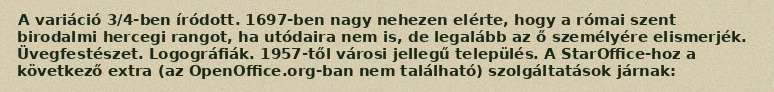
A variáció 3/4-ben íródott. 1697-ben nagy nehezen elérte, hogy a római szent birodalmi hercegi rangot, ha utódaira nem is, de legalább az ő személyére elismerjék. Üvegfestészet. Logográfiák. 1957-től városi jellegű település. A StarOffice-hoz a következő extra (az OpenOffice.org-ban nem található) szolgáltatások járnak: